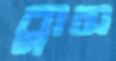
ব্লাস